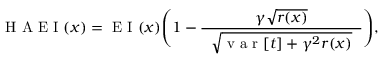
\mathrm { ~ H ~ A ~ E ~ I ~ } ( \boldsymbol { x } ) = \mathrm { ~ E ~ I ~ } ( \boldsymbol { x } ) \Bigg ( 1 - \frac { \gamma \sqrt { r ( \boldsymbol { x } ) } } { \hphantom { e } \vphantom { \big | } \sqrt { \mathrm { ~ v ~ a ~ r ~ } [ t ] + \gamma ^ { 2 } r ( \boldsymbol { x } ) } \hphantom { e } } \Bigg ) ,